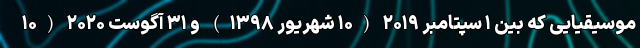
موسیقیایی که بین ۱ سپتامبر ۲۰۱۹ (۱۰ شهریور ۱۳۹۸) و ۳۱ آگوست ۲۰۲۰ (۱۰